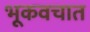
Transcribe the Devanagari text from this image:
भूकवचात